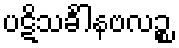
ပဋိသင်္ခါနဗလဉ္စ